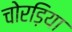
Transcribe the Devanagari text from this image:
चोरड़िया